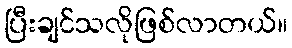
ပြီးချင်သလိုဖြစ်လာတယ်။